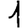
Digit: 1